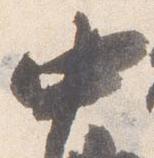
中